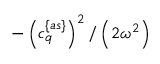
- \left( c _ { q } ^ { \{ a s \} } \right) ^ { 2 } / \left( 2 \omega ^ { 2 } \right)